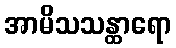
အာမိသသန္ထာရော